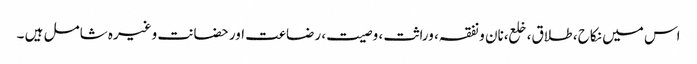
اس میں نکاح ، طلاق، خلع،نان و نفقہ، وراثت ، وصیت، رضاعت اور حضانت وغیرہ شامل ہیں ۔